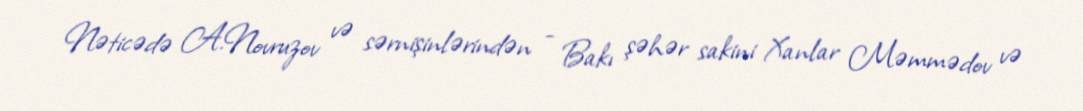
Nəticədə A.Novruzov və sərnişinlərindən - Bakı şəhər sakini Xanlar Məmmədov və